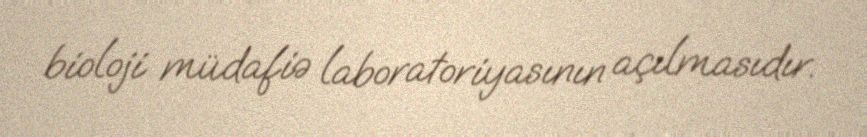
bioloji müdafiə laboratoriyasının açılmasıdır.